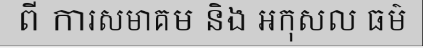
ពី ការសមាគម និង អកុសល ធម៌